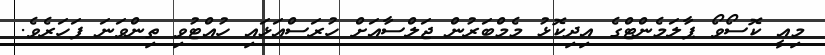
މިއީ ކޮސޯވޯ ޕާލަމެންޓްގެ އިދިކޮޅު މެމްބަރުން ޖަލްސާއަށް ހުރަސްއަޅައި ހުއްޓުވި ތިންވަނަ ފަހަރެވެ.